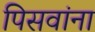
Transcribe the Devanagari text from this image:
पिसवांना